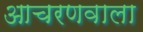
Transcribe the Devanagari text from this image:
आचरणवाला